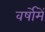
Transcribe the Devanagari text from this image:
वर्षोमें